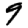
Digit: 9